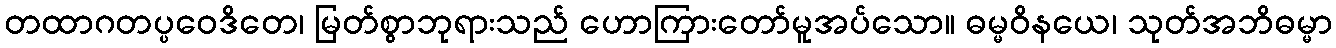
တထာဂတပ္ပဝေဒိတေ၊ မြတ်စွာဘုရားသည် ဟောကြားတော်မူအပ်သော။ ဓမ္မဝိနယေ၊ သုတ်အဘိဓမ္မာ